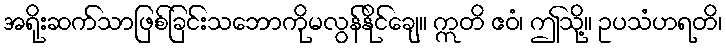
အရိုးဆက်သာဖြစ်ခြင်းသဘောကိုမလွန်နိုင်ချေ။ ဣတိ ဧဝံ၊ ဤသို့။ ဥပသံဟရတိ၊